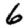
Digit: 6